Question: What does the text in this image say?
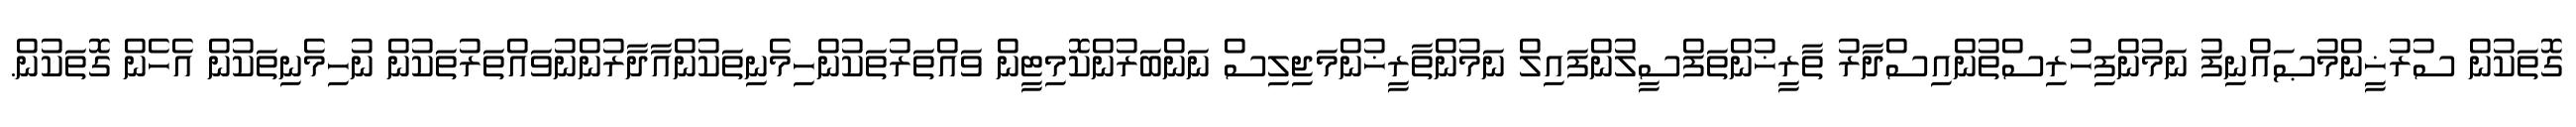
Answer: ގޮތަކުން ސުރުޚީންމުޞައްނިފު ނަމުންފިހުރިސްތުންއިސްދާރު ތާރީޚުންތަފްސީލުންފައިލް ނަމުންތާރީޚުންމަޖިލިސް ނަންބަރުންކޮމިޓީން ވައްތަރުތަކުންހިމެނިތަކުންއާދާރުންނުވައްތަރުތަކުން ނުހިމެނިތަކުން އެހެން ގޮތަކުން.